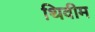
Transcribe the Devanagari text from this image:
थिवीम